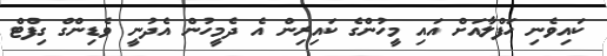
ކައިވެނި ހަފްލާއަށް އައި މީހުންގެ ކައިރިން އެ ދެމީހުން އެދުނީ ވެޑިންގް ގިފްޓް